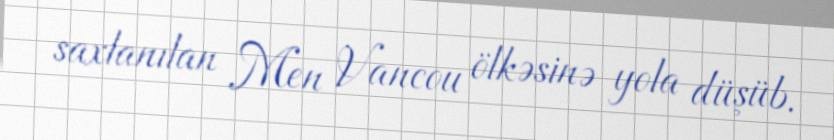
saxlanılan Men Vancou ölkəsinə yola düşüb.